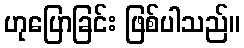
ဟုပြောခြင်း ဖြစ်ပါသည်။